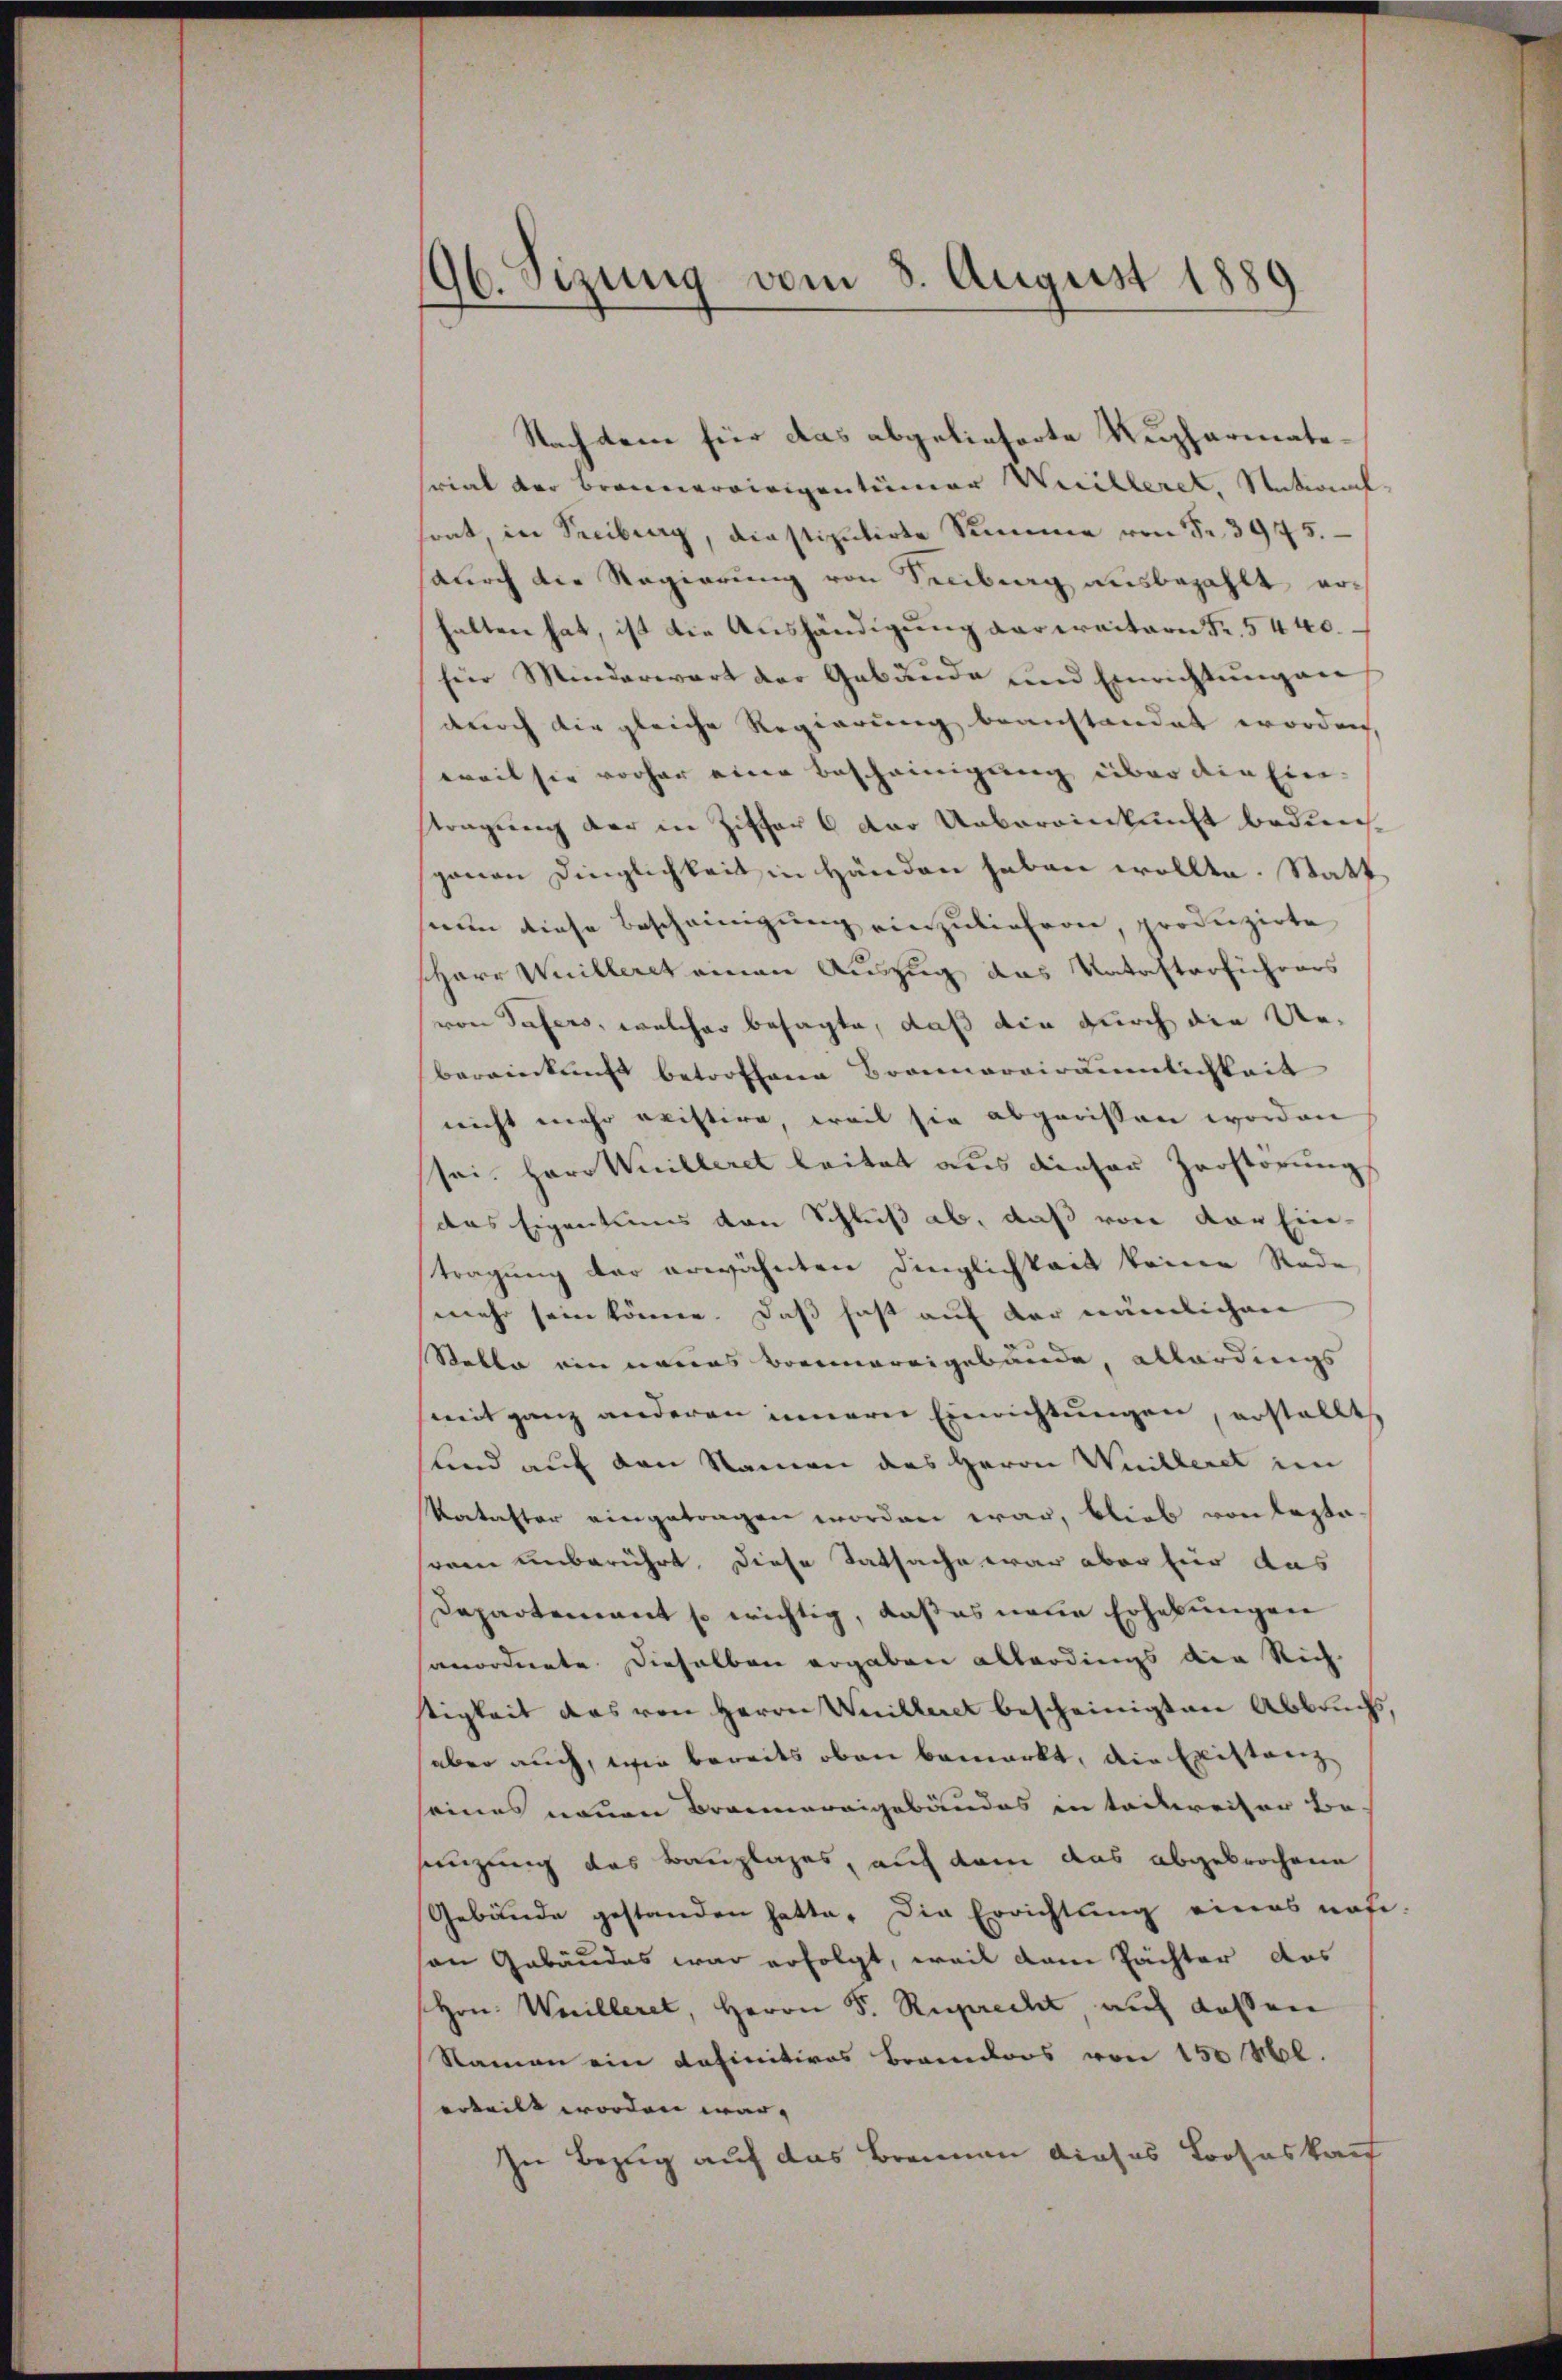
46. Sizung vom 8. August 1889
e

Nachdem hier das abgelieferte Kupharmatescial der Brennereinigentümer Weilleret, National
sont, in Treiburg, drastipulirte Summe von § 3975.
durch die Regierung von Senburg ausbezahlt noc
halten hat, ist die Aushändigung verweitern Fr. 5440.
für Minderwart der Gebäude und Einrichtŭng an
durch die gleiche Regierung beanstandet worden,
weil sie vorher eine Bescheinigung über die Ein-
stragung der in Ziffer 6 der Uebereinkunft bedinganen Dinglichkeit in Händen haben wollte. Statt
nun diese Bescheinigung einzuliefern, produzirte
sharr Willeret einen Auszug das Katasterführers
von Tafers, welcher besagte, daß die durch die Uebereinkunft betroffene Brannarviräumlichkeit
nicht mehr reistire weil sie abgewissen worden
sei. Herr Willeret leitet aus dieser Zerstörung
das Eigentums von Schluß ab, daß von der Eintragung der erwähnten Dinglichkeit keine Rede
mehr sein könne. Daß hast auf der nämlichen
Stable ein neues Brennereigebäude, allerdings
mit ganz anderen innern Einrichtungen, erstellt
und auf den Namen das Herrn Willeret im
Kataster eingetragen worden war, blieb von leztarom unberührt. Diese Tatsache war aber für aus
Departement so wichtig, daß es neue Erhebungen
sanordnete dieselben ergaben allerdings der Rich-
stigkeit das von Herrn Willeret bescheinigten Abbruchs,
aber auch, wie bereits oben bemerkt, die Existanz
seines neuen Brannereigebäudes in teilweiser Be-
sänzung des Bauplages, auf dem das abgebrochene
Gebäude gestanden hatte. Die Errichtung eines nahe
an Gebäudes war erfolgt, weil dem Pächter das
Hrn. Weilleret, Herrn S. Ruprecht auf dassen
Namen ein definitives Brandors von 150 M.
arteilt worden war, |
In Bezug auf das Brennen dieses Prohaskauf